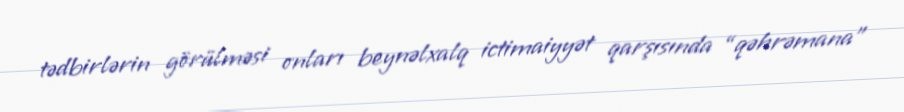
tədbirlərin görülməsi onları beynəlxalq ictimaiyyət qarşısında “qəhrəmana”